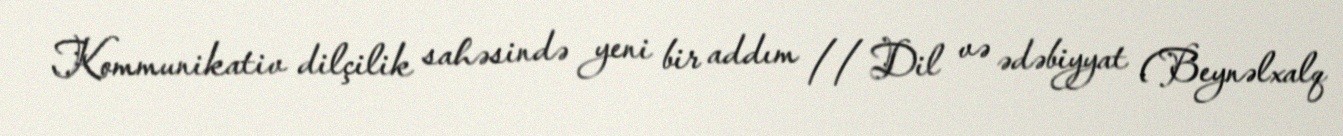
Kommunikativ dilçilik sahəsində yeni bir addım // Dil və ədəbiyyat (Beynəlxalq